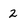
Character: 2